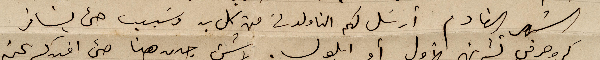
الشهر القادم أرسَل لكم الناولون من كل بد وسَبب حتى يسافر